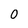
Character: 0